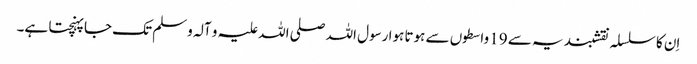
اِن کا سلسلہ نقشبندیہ سے 19 واسطوں سے ہوتا ہوا رسول اللہ صلی اللہ علیہ و آلہ وسلم تک جا پہنچتا ہے۔